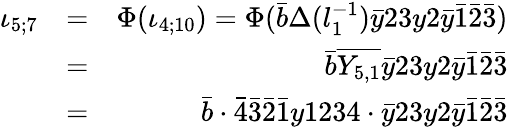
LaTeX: \begin{array}{rlr}{\iota_{5;7}}&{=}&{\Phi(\iota_{4;10})=\Phi(\bar{b}\Delta(l_{1}^{-1})\bar{y}23y2\bar{y}\bar{1}\bar{2}\bar{3})}\\ &{=}&{\bar{b}\overline{{Y_{5,1}}}\bar{y}23y2\bar{y}\bar{1}\bar{2}\bar{3}}\\ &{=}&{\bar{b}\cdot\bar{4}\bar{3}\bar{2}\bar{1}y1234\cdot\bar{y}23y2\bar{y}\bar{1}\bar{2}\bar{3}}\end{array}